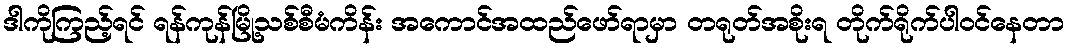
ဒါကိုကြည့်ရင် ရန်ကုန်မြို့သစ်စီမံကိန်း အကောင်အထည်ဖော်ရာမှာ တရုတ်အစိုးရ တိုက်ရိုက်ပါဝင်နေတာ